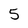
Character: 5